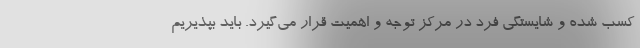
کسب شده و شایستگی فرد در مرکز توجه و اهمیت قرار می‌گیرد. باید بپذیریم